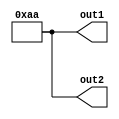
module ASG_NS_TRNB (out1, out2);
   output [7:0] out1;
   output [7:0] out2;
   assign out1 = 9'b110101010;
   assign out2 = 9'b010101010;
endmodule